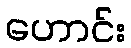
ဟောင်း